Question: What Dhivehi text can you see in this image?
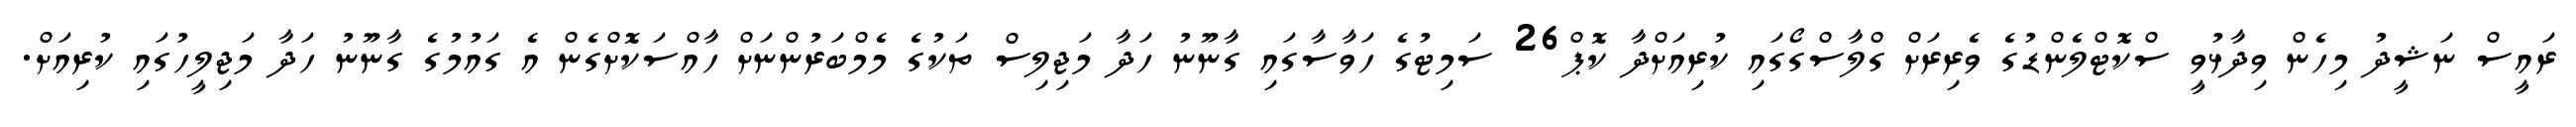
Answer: ރައީސް ނަޝީދު މިހެން ވިދާޅުވީ ސްކޮޓްލެންޑުގެ ވެރިރަށް ގްލާސްގޯގައި ކުރިއަށްދާ ކޮޕް26 ސަމިޓުގެ ހަވާސާގައި ގާނޫނު ހަދާ މަޖިލިސް ތަކުގެ މެމްބަރުންނަށް ހާއްސަކޮށްގެން އެ ގައުމުގެ ގާނޫނު ހަދާ މަޖިލީހުގައި ކުރިއަށް.